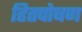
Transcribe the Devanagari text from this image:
हितपोषण